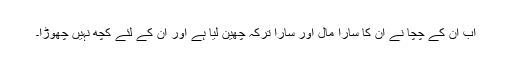
اب ان کے چچا نے ان کا سارا مال اور سارا ترکہ چھین لیا ہے اور ان کے لئے کچھ نہیں چھوڑا۔